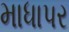
માધાપર